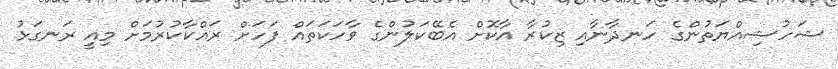
ޝަހުޝިއްޔަތުންގެ ހަނދާނާއި ޒިކުރާ އާކޮށް އެބޭކަލުންގެ ވާހަކަތައް ފަހަށް ރައްކާކުރުމަށް މިއީ ރަނގަޅު